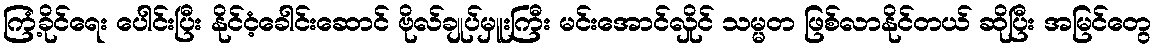
ကြံ့ခိုင်ရေး ပေါင်းပြီး နိုင်ငံ့ခေါင်းဆောင် ဗိုလ်ချုပ်မှူးကြီး မင်းအောင်လှိုင် သမ္မတ ဖြစ်လာနိုင်တယ် ဆိုပြီး အမြင်တွေ